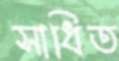
সাধিত